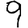
Digit: 9